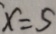
x = 5